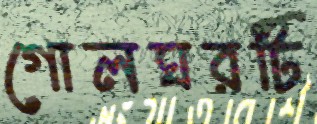
গোলঘরটি